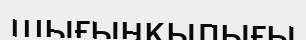
шығыңқылығы